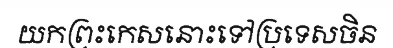
យកព្រះកេសនោះទៅប្រទេសចិន